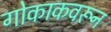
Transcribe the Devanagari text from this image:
गोकाकवरून